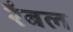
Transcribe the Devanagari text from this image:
रैबल